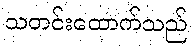
သတင်းထောက်သည်